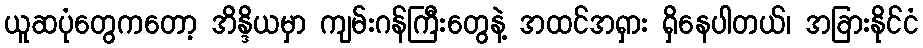
ယူဆပုံတွေကတော့ အိန္ဒိယမှာ ကျမ်းဂန်ကြီးတွေနဲ့ အထင်အရှား ရှိနေပါတယ်၊ အခြားနိုင်ငံ